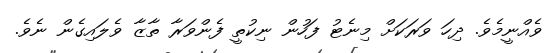
ވެއްނީމެވެ. ދިހަ ވަރަކަށް މިނެޓު ފަހުން ނިކުތީ ފެންވަރާ ތާޒާ ވެލައިގެން ނެވެ.